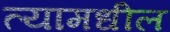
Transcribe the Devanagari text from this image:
त्‍यामधील